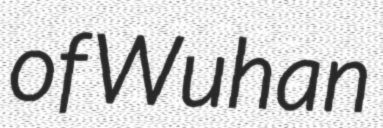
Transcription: of Wuhan